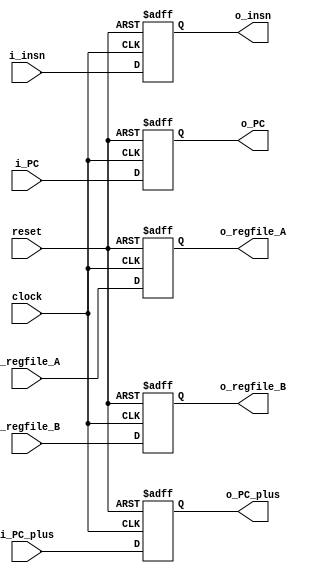
module dx_latch(
    input clock,
    input reset,
    input [31:0] i_insn,
    input [11:0] i_PC_plus,
    input [11:0] i_PC,
    input [31:0] i_regfile_A,
    input [31:0] i_regfile_B,
    output reg [31:0] o_insn,
    output reg [11:0] o_PC_plus,
    output reg [11:0] o_PC, 
    output reg [31:0] o_regfile_A,
    output reg [31:0] o_regfile_B
);
    always @(negedge clock or posedge reset) begin
       if (reset) begin
           o_insn <= 32'd0;
           o_PC_plus <= 12'd0;
           o_PC <= 12'd0;
           o_regfile_A <= 32'd0;
           o_regfile_B <= 32'd0;
       end else begin
           o_insn <= i_insn;
           o_PC_plus <= i_PC_plus;
           o_PC <= i_PC;
           o_regfile_A <= i_regfile_A;
           o_regfile_B <= i_regfile_B;
       end
   end
endmodule